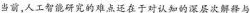
当前，人工智能研究的难点还在于对认知的深层次解释与